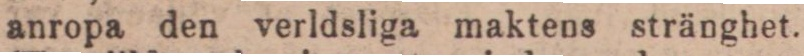
anropa den verldsliga maktens stränghet.